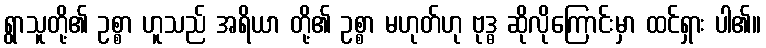
ရွာသူတို့၏ ဥစ္စာ ဟူသည် အရိယာ တို့၏ ဥစ္စာ မဟုတ်ဟု ဗုဒ္ဓ ဆိုလိုကြောင်းမှာ ထင်ရှား ပါ၏။